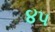
૪પ